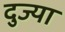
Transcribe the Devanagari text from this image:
दुज्या